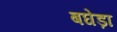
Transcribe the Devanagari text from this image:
बघेड़ा